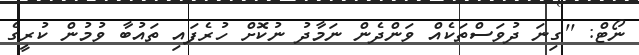
ނޯޓް: ''ގިނަ ދުވަސްތަކެއް ވަންދެން ނަމާދު ނުކޮށް ހުރެފައި ތައުބާ ވުމުން ކުރީގެ